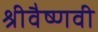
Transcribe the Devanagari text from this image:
श्रीवैष्णवी